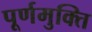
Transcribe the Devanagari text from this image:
पूर्णमुक्ति